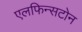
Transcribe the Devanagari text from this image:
एलफिन्सटोन